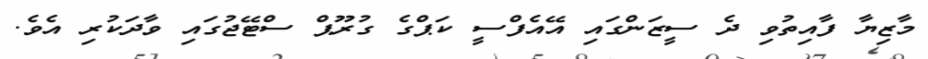
މާޒިޔާ ފާއިތުވި ދެ ސީޒަންގައި އޭއެފްސީ ކަޕްގެ ގުރޫޕް ސްޓޭޖުގައި ވާދަކުރި އެވެ.